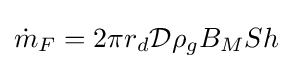
{\dot {m}}_{F}=2\pi r_{d}{\mathcal {D}}\rho _{g}B_{M}Sh